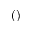
( )